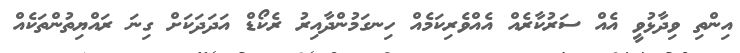
އިންތި ވިދާޅުވީ އެއް ސަރުކާރެއް އެއްވެރިކަމެއް ހިނގަމުންދާއިރު ރެކޯޑް އަދަދަކަށް ގިނަ ރައްޔިތުންތަކެއް